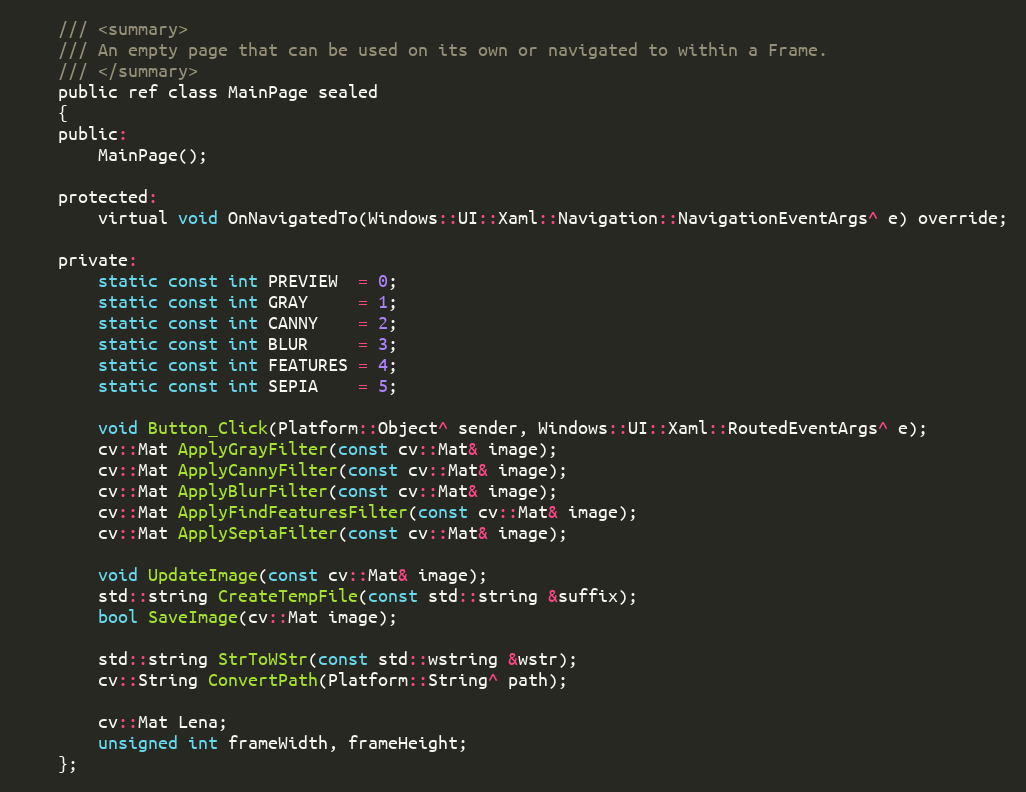
Language: C
    /// <summary>
    /// An empty page that can be used on its own or navigated to within a Frame.
    /// </summary>
    public ref class MainPage sealed
    {
    public:
        MainPage();

    protected:
        virtual void OnNavigatedTo(Windows::UI::Xaml::Navigation::NavigationEventArgs^ e) override;

    private:
        static const int PREVIEW  = 0;
        static const int GRAY     = 1;
        static const int CANNY    = 2;
        static const int BLUR     = 3;
        static const int FEATURES = 4;
        static const int SEPIA    = 5;

        void Button_Click(Platform::Object^ sender, Windows::UI::Xaml::RoutedEventArgs^ e);
        cv::Mat ApplyGrayFilter(const cv::Mat& image);
        cv::Mat ApplyCannyFilter(const cv::Mat& image);
        cv::Mat ApplyBlurFilter(const cv::Mat& image);
        cv::Mat ApplyFindFeaturesFilter(const cv::Mat& image);
        cv::Mat ApplySepiaFilter(const cv::Mat& image);

        void UpdateImage(const cv::Mat& image);
        std::string CreateTempFile(const std::string &suffix);
        bool SaveImage(cv::Mat image);

        std::string StrToWStr(const std::wstring &wstr);
        cv::String ConvertPath(Platform::String^ path);

        cv::Mat Lena;
        unsigned int frameWidth, frameHeight;
    };